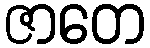
ဇာတေ